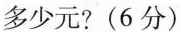
多少元？（6分）